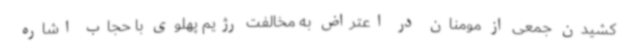
کشیدن جمعی از مومنان در اعتراض به مخالفت رژیم پهلوی با حجاب اشاره